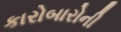
કારોબારોની